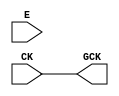
module OPENROAD_CLKGATE (CK, E, GCK);
  input CK;
  input E;
  output GCK;

`ifdef OPENROAD_CLKGATE

CLKGATE_X1 latch (.CK (CK), .E(E), .GCK(GCK));

`else

assign GCK = CK;

`endif

endmodule